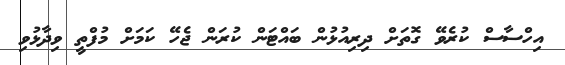
އިހްސާސް ކުރެވޭ ގޮތަށް ދިރިއުޅުން ބައްޓަން ކުރަން ޖެހޭ ކަމަށް މުފްތީ ވިދާޅުވި